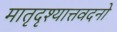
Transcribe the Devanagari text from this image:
मातृदृश्यात्तवदनो